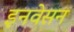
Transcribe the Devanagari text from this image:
इनवेसन